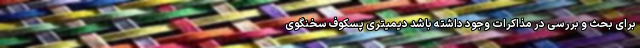
برای بحث و بررسی در مذاکرات وجود داشته باشد دیمیتری پسکوف سخنگوی